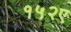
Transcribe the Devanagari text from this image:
१५२ए